Source: Handwritten
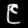
Digit: ၉ (9)